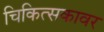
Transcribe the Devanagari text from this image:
चिकित्सकावर